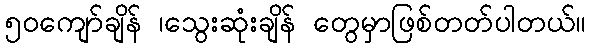
၅၀ကျော်ချိန် ၊သွေးဆုံးချိန် တွေမှာဖြစ်တတ်ပါတယ်။